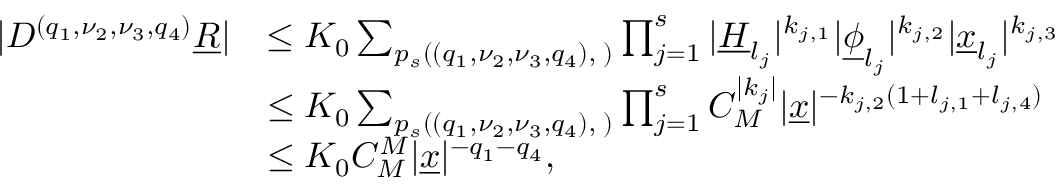
\begin{array} { r l } { \vert D ^ { ( q _ { 1 } , \nu _ { 2 } , \nu _ { 3 } , q _ { 4 } ) } \underline { R } \vert } & { \le K _ { 0 } \sum _ { p _ { s } ( ( q _ { 1 } , \nu _ { 2 } , \nu _ { 3 } , q _ { 4 } ) , \mathbf \lambda ) } \prod _ { j = 1 } ^ { s } \vert \underline { H } _ { l _ { j } } \vert ^ { k _ { j , 1 } } \vert \underline { \phi } _ { l _ { j } } \vert ^ { k _ { j , 2 } } \vert \underline { x } _ { l _ { j } } \vert ^ { k _ { j , 3 } } } \\ & { \le K _ { 0 } \sum _ { p _ { s } ( ( q _ { 1 } , \nu _ { 2 } , \nu _ { 3 } , q _ { 4 } ) , \mathbf \lambda ) } \prod _ { j = 1 } ^ { s } C _ { M } ^ { \vert k _ { j } \vert } \vert \underline { x } \vert ^ { - k _ { j , 2 } ( 1 + l _ { j , 1 } + l _ { j , 4 } ) } } \\ & { \le K _ { 0 } C _ { M } ^ { M } \vert \underline { x } \vert ^ { - q _ { 1 } - q _ { 4 } } , } \end{array}